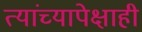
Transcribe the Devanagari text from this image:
त्यांच्यापेक्षाही